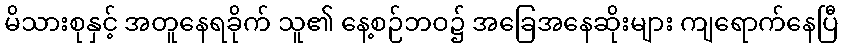
မိသားစုနှင့် အတူနေရခိုက် သူ၏ နေ့စဉ်ဘဝ၌ အခြေအနေဆိုးများ ကျရောက်နေပြီ